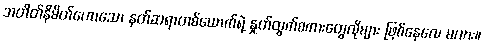
အတိတ်နိမိတ်ဟောသော နတ်ဆရာတစ်ယောက်ရဲ့ နှုတ်ထွက်စကားတွေလိုများ ဖြစ်နေလေ မလား။